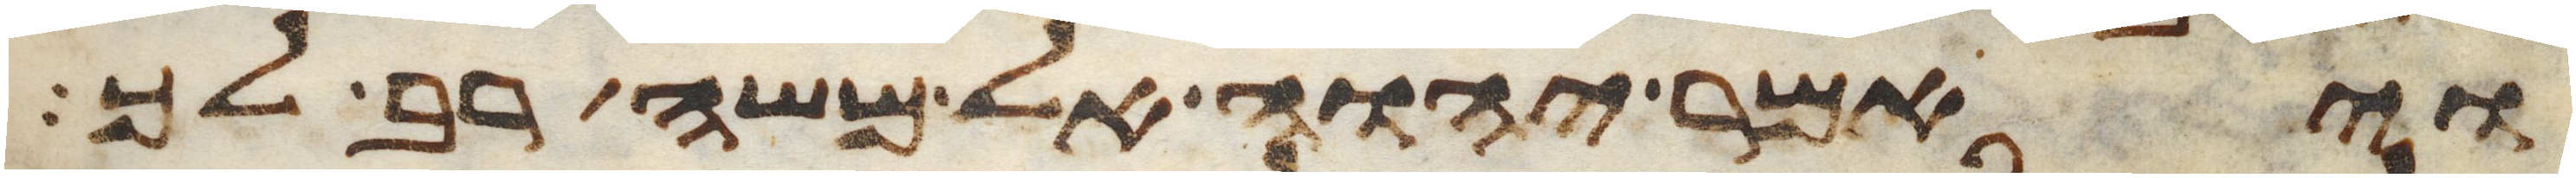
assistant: ויאמר יהוה אל משה רב לך